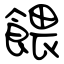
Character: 餵